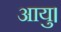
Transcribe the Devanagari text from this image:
आयु।